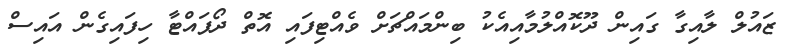
ޒައުލް ލާއިގާ ގައިން ދޫކޮއްލުމާއިއެކު ބިންމައްޗަށް ވެއްޓިފައި އޮތް ދޯޕައްޓާ ހިފައިގެން އައިސް